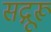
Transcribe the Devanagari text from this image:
सद्गूरू